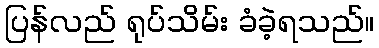
ပြန်လည် ရုပ်သိမ်း ခံခဲ့ရသည်။